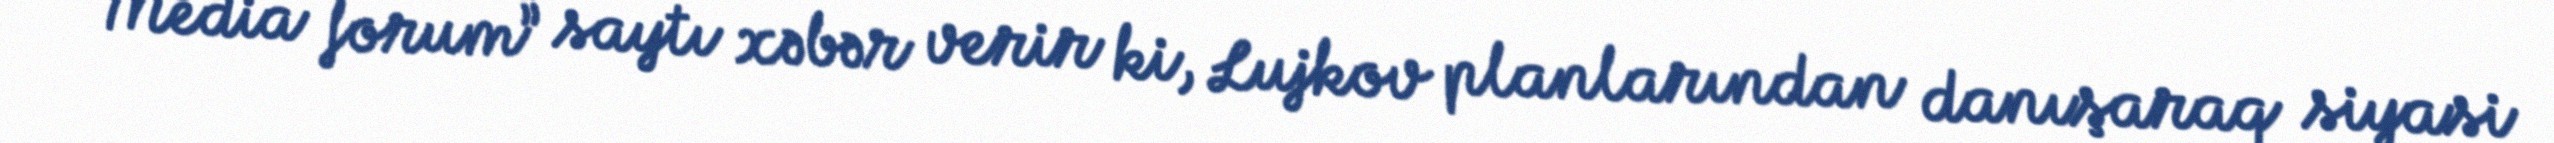
“Media forum” saytı xəbər verir ki, Lujkov planlarından danışaraq siyasi